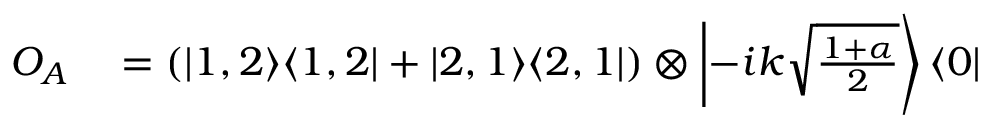
\begin{array} { r l } { O _ { A } } & { { } = \left( | 1 , 2 \rangle \langle 1 , 2 | + | 2 , 1 \rangle \langle 2 , 1 | \right) \otimes \left| - i k \sqrt { \frac { 1 + \alpha } { 2 } } \right\rangle \langle 0 | } \end{array}